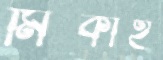
মিকাহ